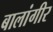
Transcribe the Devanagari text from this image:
बालांगीर